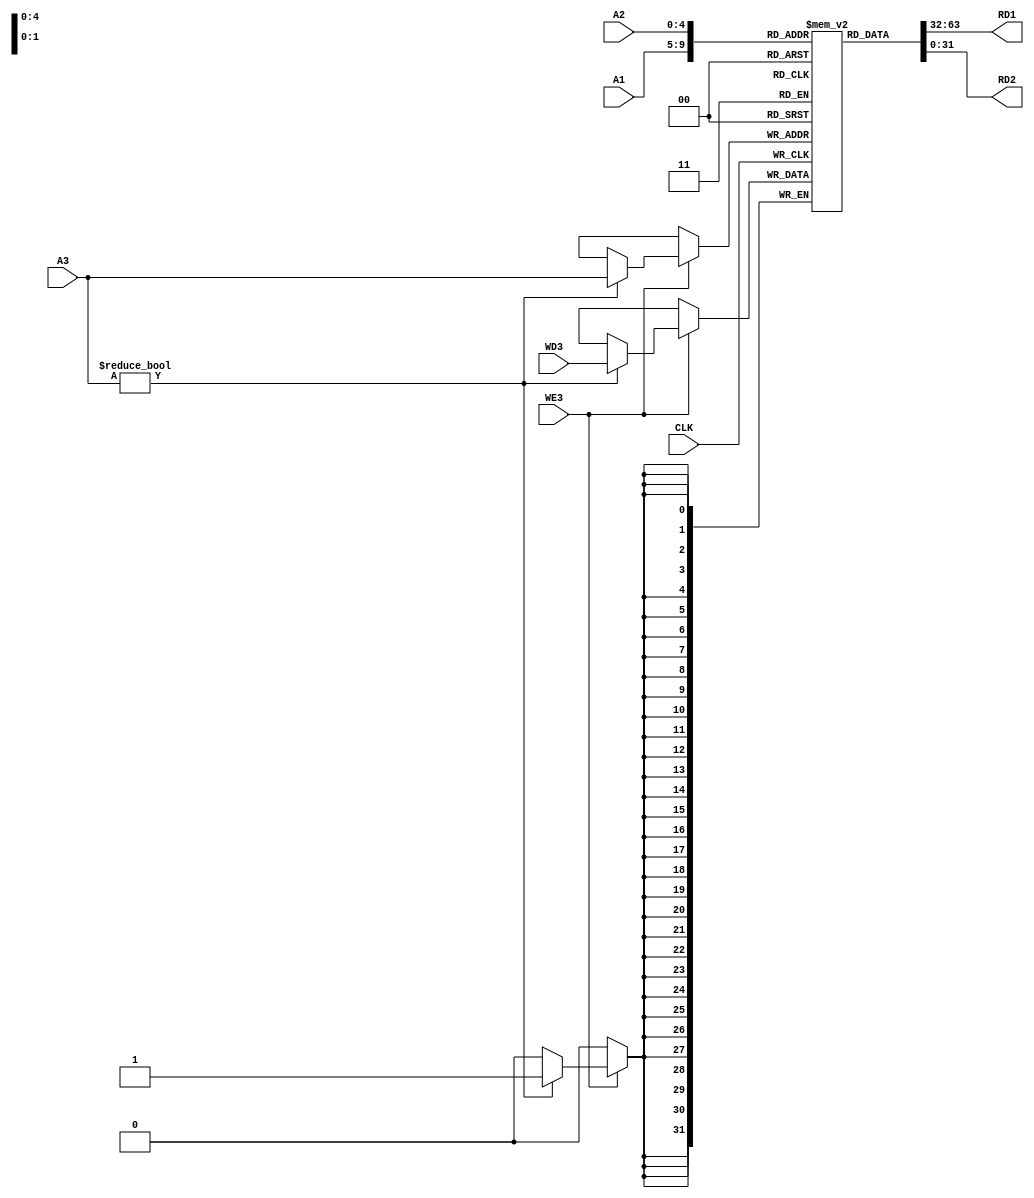
module regFile(input [4:0] A1, A2, A3, input CLK, WE3, input [31:0] WD3, output reg [31:0] RD1, RD2);
	reg [31:0] rf[31:0];
	initial begin
		rf[0] = 0;
	end
	always @ (*) begin
		RD1 = rf[A1];
		RD2 = rf[A2];
	end
	
	always @ (posedge CLK) begin
		if(WE3) begin
			if(A3 != 0)
				rf[A3] = WD3;
		end
	end
endmodule